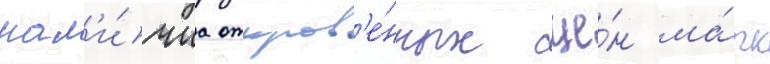
нал'и́чиа откров'е́нных сце́н ма́рк